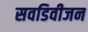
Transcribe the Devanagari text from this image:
सवडिवीजन